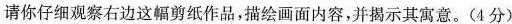
请你仔细观察右边这幅剪纸作品，描绘画面内容，并揭示其寓意。(4分)